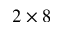
2 \times 8